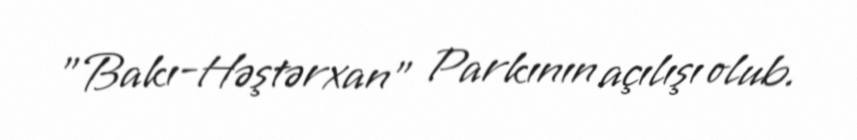
"Bakı-Həştərxan" Parkının açılışı olub.